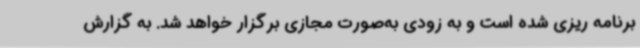
برنامه ریزی شده است و به زودی به‌صورت مجازی برگزار خواهد شد. به گزارش